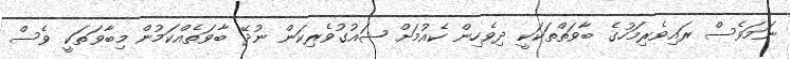
ނަމަވެސް ރައިވެރިމަހުގެ ބާވަތްތަކަކީ ދިވެހިން ކެއުމަށް ޝައުގުވެރިކަން ނުދޭ ބާވަތެއްކަމުން މިބާވަތަކީ ވެސް